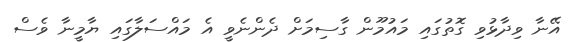
އޭނާ ވިދާޅުވި ގޮތުގައި މައުމޫން ގާސިމަށް ދެންނެވީ އެ މައްސަލާގައި ޔާމީނާ ވެސް